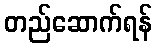
တည်ဆောက်ရန်